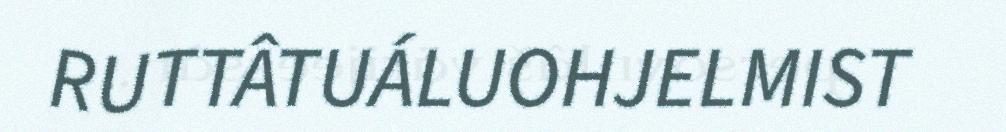
RUTTÂTUÁLUOHJELMIST